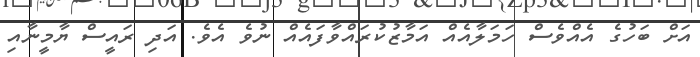
އަށް ބަހުގެ އެއްވެސް ހަމަލާއެއް އަމާޒުކުރައްވާފައެއް ނުވެ އެވެ. އަދި ރައީސް ޔާމީނާއި